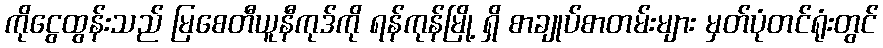
ကိုငွေထွန်းသည် မြစေတီယူနီကုဒ်ကို ရန်ကုန်မြို့ ရှိ စာချုပ်စာတမ်းများ မှတ်ပုံတင်ရုံးတွင်